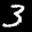
Label: 3